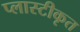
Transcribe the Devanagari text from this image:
प्लास्टीकृत